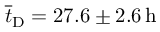
\overline { { t } } _ { \mathrm { D } } = 2 7 . 6 \pm 2 . 6 \, \mathrm { h }